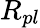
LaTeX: R_{pl}